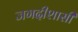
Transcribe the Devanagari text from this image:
जगदीशासी